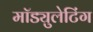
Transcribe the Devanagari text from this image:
मॉड्युलेटिंग